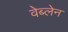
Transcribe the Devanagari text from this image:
वेब्लेन